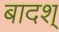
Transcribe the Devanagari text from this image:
बादश्